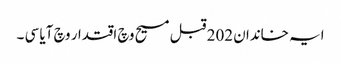
ایہ خاندان 202 قبل مسیح وچ اقتدار وچ آیا سی ۔